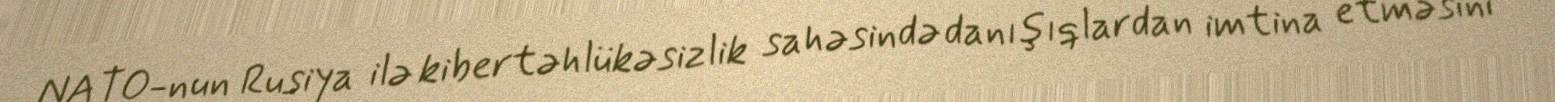
NATO-nun Rusiya ilə kibertəhlükəsizlik sahəsində danışıqlardan imtina etməsini